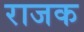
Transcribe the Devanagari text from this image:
राजक